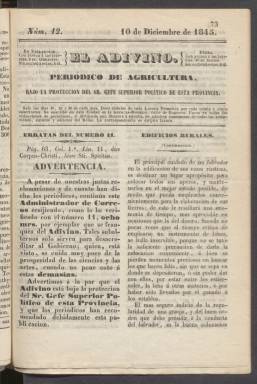
Título: El Adivino (Valladolid)
Colección: Agricultura y ganadería
Ámbito geográfico: Valladolid
Lugar de publicación: Valladolid
Fechas: 10/12/1845-30/12/1845

Con este título tan curioso y el subtítulo de Periódico de Agricultura comenzó a editarse esta publicación en 1845 en Valladolid. Salía cada diez días con ocho páginas y es prueba de la pujanza que en la ciudad castellana tenía el sector agrario y ganadero, así como el comercial.

Más o menos por la misma época se publicaban en Valladolid El Eco del Comercio (1835-1836), El Mostrador (1842), Boletín de Anuncios (1842) y El Correo de Valladolid (1844-1845), lo que da una idea del poderío económico de la ciudad que en el siglo XVI había desempeñado en muchas ocasiones el papel de capital de España.

 La Biblioteca Nacional de España solo posee tres números correlativos de esta publicación, el primero de ellos el número 12 con fecha de 10 de diciembre. El Adivino declaraba estar bajo la protección del jefe superior de la Provincia, señal de la importancia que se daba a todo lo concerniente a la agricultura en una región eminentemente cerealista. Precisamente, en el primer número que posee la BNE los editores recuerdan esta protección y se quejan de lo mucho que les cobra el Administrador de Correos.

   En el mismo número se puede leer un artículo muy interesante sobre la patata que comienza así: ‘Las patatas forman en todas partes el principal alimento de las clases pobres, y aun en muchas épocas las mantienen exclusivamente. Pero, aunque esta es su principal utilidad, sin embargo, no es la única; sus aplicaciones son numerosísimas’. El artículo sigue diciendo que de ellas se extrae aguardiente y aceite y se usan para hacer papel, e incluso que las flores sirven para teñir las telas de color amarillo.

   El periódico dedicaba su contenido a productos, labores del campo, lucha contra las plagas, abonos, cuidado del utillaje y de los edificios rurales y otras cuestiones relacionadas con la agricultura. La temática cambiaba en las dos últimas páginas, en las que encontramos algún artículo histórico, anuncios y sobre todo bibliografía.

   La bibliografía que contiene este periódico es útil no solo para conocer los libros que se publicaban en la época sino también las publicaciones periódicas. Tanto de periódicos como de libros se da una información pormenorizada.

 No parece que El Adivino se prolongara mucho más allá de 1845, dado el poco rastro que ha dejado en la prensa local de Valladolid. Las publicaciones periódicas de la época solían ser muy efímeras y se sucedían unas a otras, muchas veces con el mismo editor y personal.

[Descripción publicada el 10/08/2023]